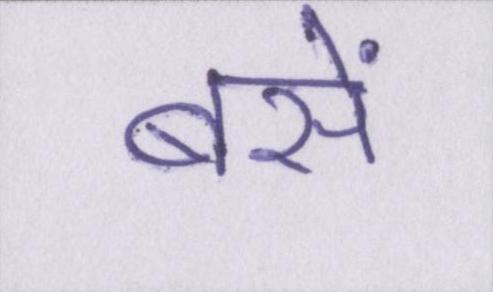
बसें